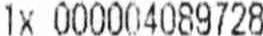
1X 000004089728